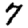
Digit: 7